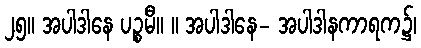
၂၅။ အပါဒါနေ ပဉ္စမီ။ ။ အပါဒါနေ- အပါဒါနကာရက၌၊